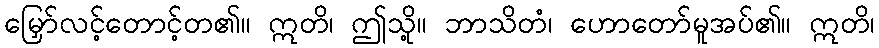
မြှော်လင့်တောင့်တ၏။ ဣတိ၊ ဤသို့။ ဘာသိတံ၊ ဟောတော်မူအပ်၏။ ဣတိ၊